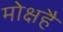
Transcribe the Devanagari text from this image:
मोक्षहै